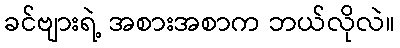
ခင်ဗျားရဲ့ အစားအစာက ဘယ်လိုလဲ။